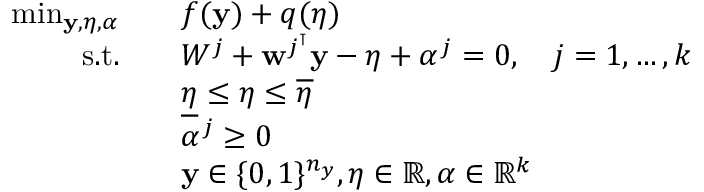
\begin{array} { r l } { \operatorname* { m i n } _ { \mathbf { y } , \eta , \boldsymbol { \alpha } } } & { \quad f ( \mathbf { y } ) + q ( \eta ) } \\ { \mathrm { s . t . } } & { \quad W ^ { j } + \mathbf { w } ^ { j ^ { \intercal } } \mathbf { y } - \eta + \alpha ^ { j } = 0 , \quad j = 1 , \dots , k } \\ & { \quad \underline { { \eta } } \leq \eta \leq \overline { { \eta } } } \\ & { \quad \alpha ^ { j } \geq 0 } \\ & { \quad \mathbf { y } \in \{ 0 , 1 \} ^ { n _ { y } } , \eta \in \mathbb { R } , \boldsymbol { \alpha } \in \mathbb { R } ^ { k } } \end{array}